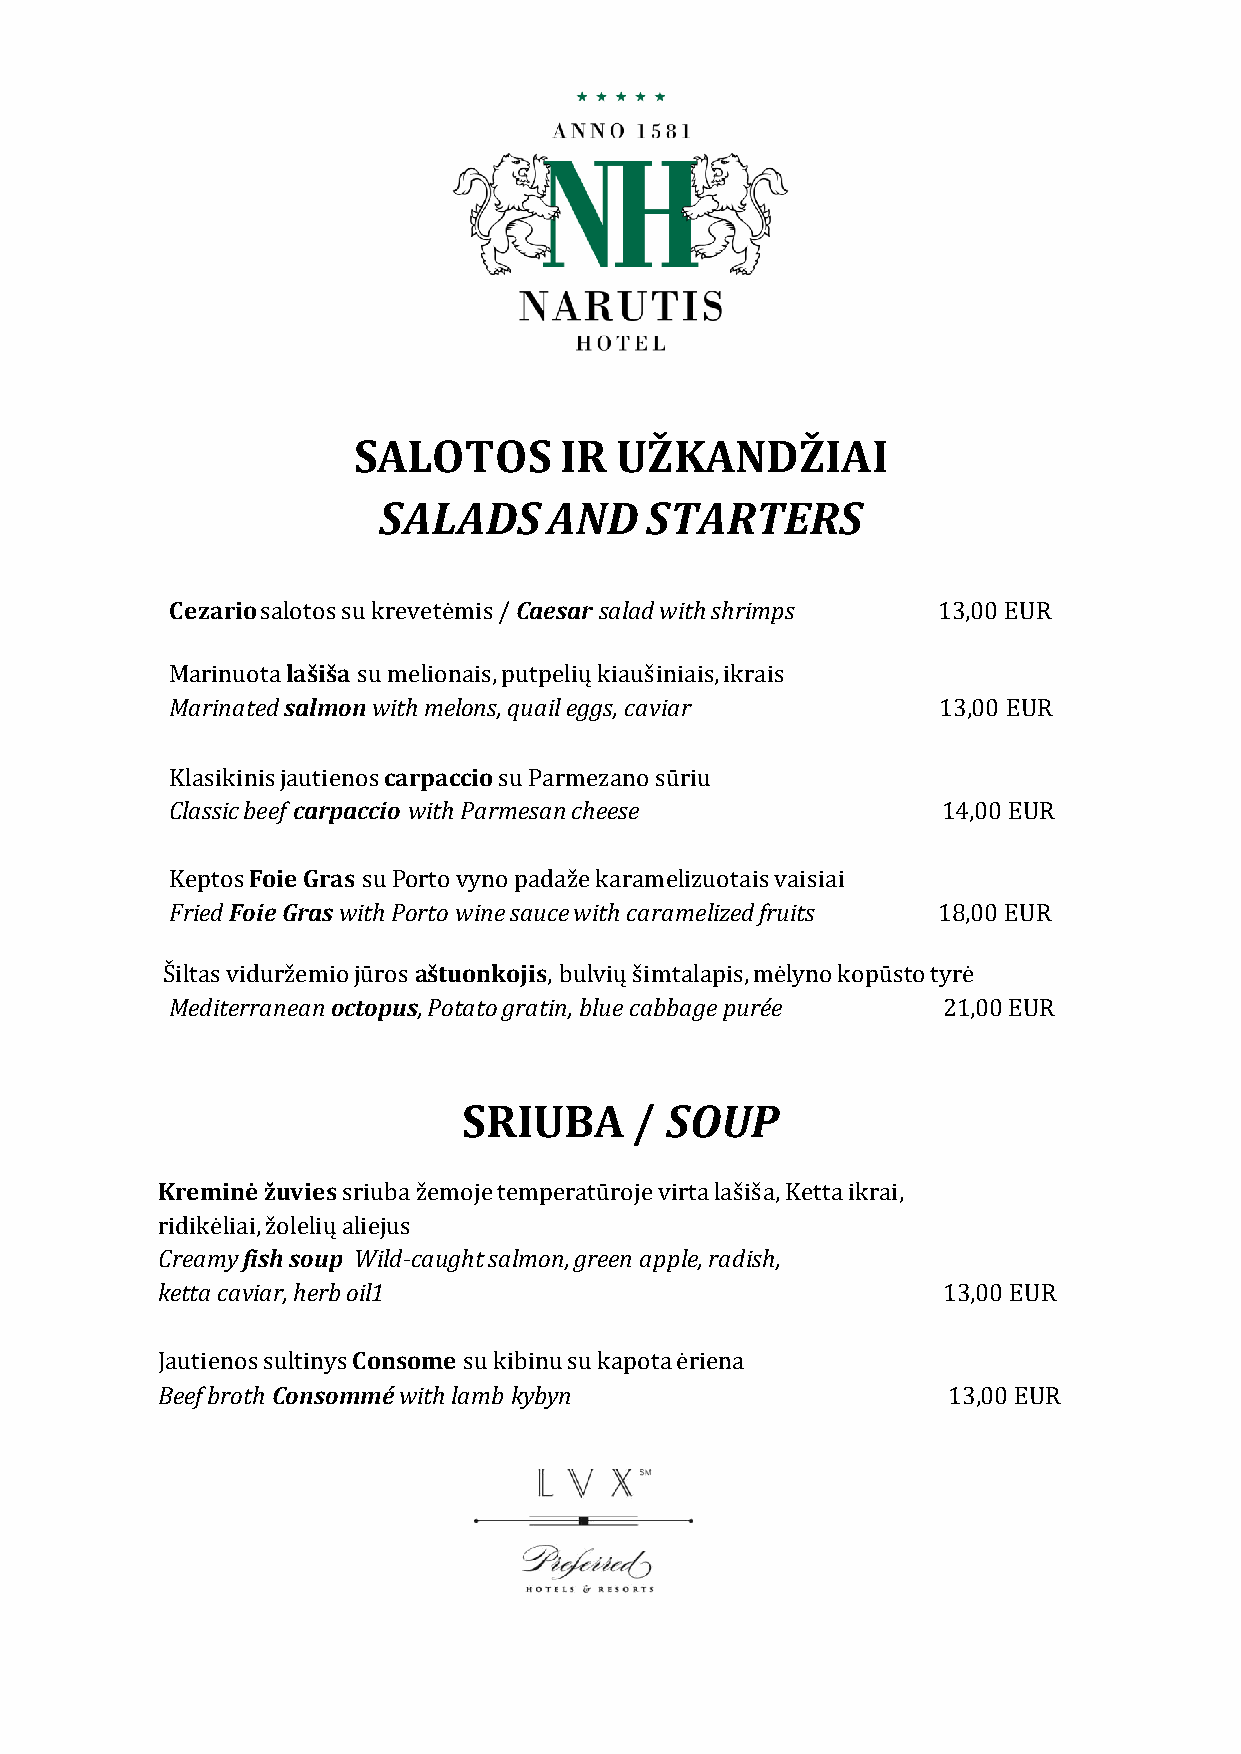
SALOTOS       IR  UŽKANDŽIAI
 SALADS     AND    STARTERS
 Cezario salotos su krevetėmis / Caesar salad with shrimps 13,00 EUR
 Marinuota lašiša su melionais, putpelių kiaušiniais, ikrais
 Marinated salmon with melons, quail eggs, caviar   13,00 EUR
 Klasikinis jautienos carpaccio su Parmezano sūriu
 Classic beef carpaccio with Parmesan cheese        14,00 EUR
 Keptos Foie Gras su Porto vyno padaže karamelizuotais vaisiai
 Fried Foie Gras with Porto wine sauce with caramelized fruits 18,00 EUR
 Šiltas viduržemio jūros aštuonkojis, bulvių šimtalapis, mėlyno kopūsto tyrė
 Mediterranean octopus, Potato gratin, blue cabbage purée 21,00 EUR
 SRIUBA     / SOUP
 Kreminė žuvies sriuba žemoje temperatūroje virta lašiša, Ketta ikrai,
 ridikėliai, žolelių aliejus
 Creamy fish soup Wild-caught salmon, green apple, radish,
 ketta caviar, herb oil1                             13,00 EUR
 Jautienos sultinys Consome su kibinu su kapota ėriena
 Beef broth Consommé with lamb kybyn                  13,00 EUR